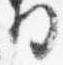
将